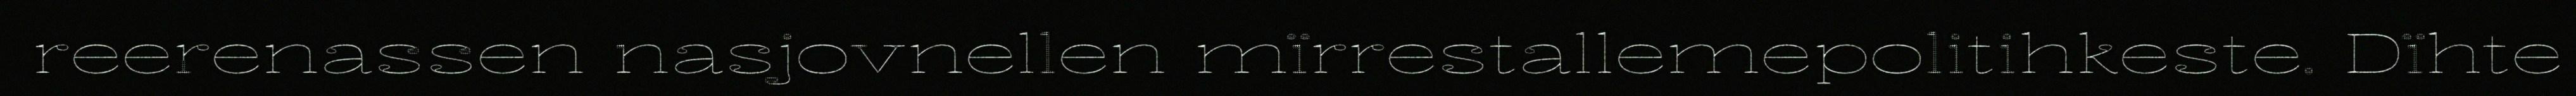
reerenassen nasjovnellen mïrrestallemepolitihkeste. Dïhte